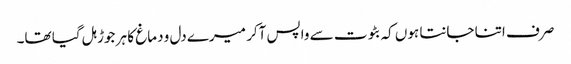
صرف اتنا جانتا ہوں کہ بٹوت سے واپس آکر میرے دل و دماغ کا ہر جوڑ ہل گیا تھا۔